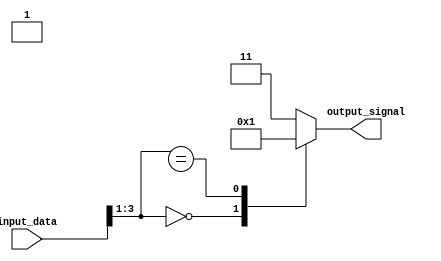
module behavior_modeling_block (
    input [3:0] input_data,
    output reg [1:0] output_signal
);
  
always @* begin
    casez(input_data)
        4'b000z: output_signal = 2'b00;
        4'b01xz: output_signal = 2'b01;
        default: output_signal = 2'b11;
    endcase
end

endmodule